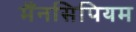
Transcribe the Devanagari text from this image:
मैंनसिपियम